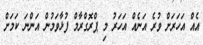
އެއް އަހަރަށް ވުރެ އަނެއް އަހަރު މި ޕްރޮގްރާމް ފުޅާވަމުން އަންނަ ކަމަށް